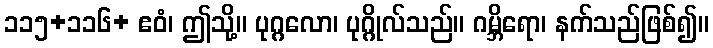
၁၁၅+၁၁၆+ ဧဝံ၊ ဤသို့။ ပုဂ္ဂလော၊ ပုဂ္ဂိုလ်သည်။ ဂမ္ဘိရော၊ နက်သည်ဖြစ်၍။